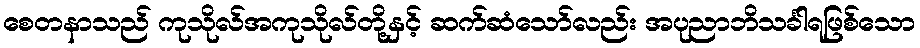
စေတနာသည် ကုသိုလ်အကုသိုလ်တို့နှင့် ဆက်ဆံသော်လည်း အပုညာဘိသင်္ခါရဖြစ်သော